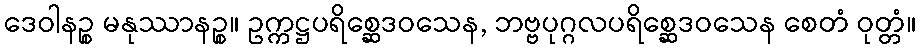
ဒေဝါနဉ္စ မနုဿာနဉ္စ။ ဥက္ကဋ္ဌပရိစ္ဆေဒဝသေန, ဘဗ္ဗပုဂ္ဂလပရိစ္ဆေဒဝသေန စေတံ ဝုတ္တံ။